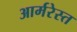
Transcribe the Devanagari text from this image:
आर्मरेस्त